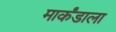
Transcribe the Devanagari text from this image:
मार्कंडाला